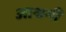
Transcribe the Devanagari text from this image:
आश्रमी